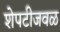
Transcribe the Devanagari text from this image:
शेपटीजवळ